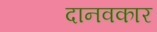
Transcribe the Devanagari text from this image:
दानवकार